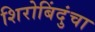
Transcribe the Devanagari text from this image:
शिरोबिंदुंचा